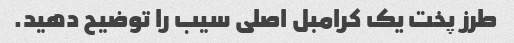
طرز پخت یک کرامبل اصلی سیب را توضیح دهید.